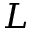
\cal L